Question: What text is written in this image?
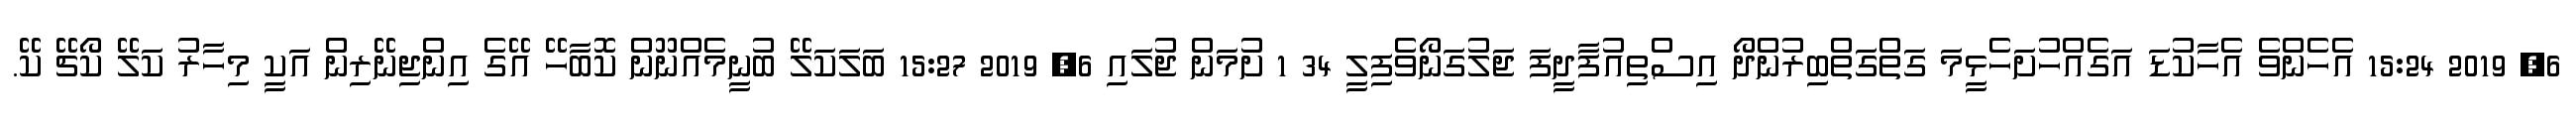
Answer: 6, 2019 15:24 އެހެންވެ އެހާކުޑަ އަގެއްހުށަހެޅީމަ ގަތްގަތްބިރުންދޯ އިސްތިއުފާދީފަ ޖަލުގަނޯވެފިލީ 34 1 ށުމަން ޖުލައި 6, 2019 15:27 ބަލަކަލޭ ބުނީމެއްނޫން ކޮބާހޭ އޭގެ އިންޖިނޭރިން އަކީ މިހާރު ކަލޭ ކޯޗޭ ކޭ.